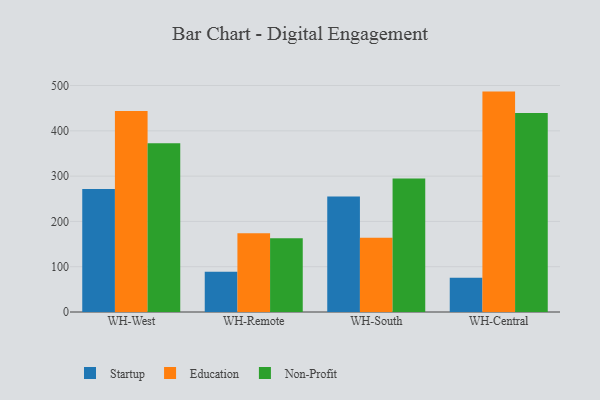
{"axis": {"x": "Warehouse", "y": "Operating Costs (USD K)"}, "legend": ["Education", "Non-Profit", "Startup"], "data": [{"x": "WH-West", "y": 271.6, "type": "Startup"}, {"x": "WH-West", "y": 443.7, "type": "Education"}, {"x": "WH-West", "y": 372.5, "type": "Non-Profit"}, {"x": "WH-Remote", "y": 88.9, "type": "Startup"}, {"x": "WH-Remote", "y": 173.8, "type": "Education"}, {"x": "WH-Remote", "y": 163.0, "type": "Non-Profit"}, {"x": "WH-South", "y": 255.1, "type": "Startup"}, {"x": "WH-South", "y": 164.2, "type": "Education"}, {"x": "WH-South", "y": 294.7, "type": "Non-Profit"}, {"x": "WH-Central", "y": 75.6, "type": "Startup"}, {"x": "WH-Central", "y": 486.6, "type": "Education"}, {"x": "WH-Central", "y": 439.5, "type": "Non-Profit"}]}